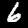
Digit: 6